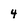
Character: 4